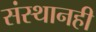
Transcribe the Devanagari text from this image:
संस्थानही